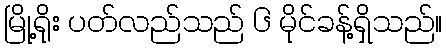
မြို့ရိုး ပတ်လည်သည် ၆ မိုင်ခန့်ရှိသည်။